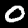
Digit: 0